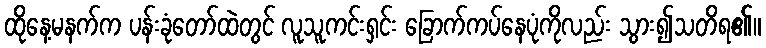
ထိုနေ့မနက်က ပန်းခုံတော်ထဲတွင် လူသူကင်းရှင်း ခြောက်ကပ်နေပုံကိုလည်း သွား၍သတိရ၏။